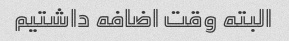
البته وقت اضافه داشتیم